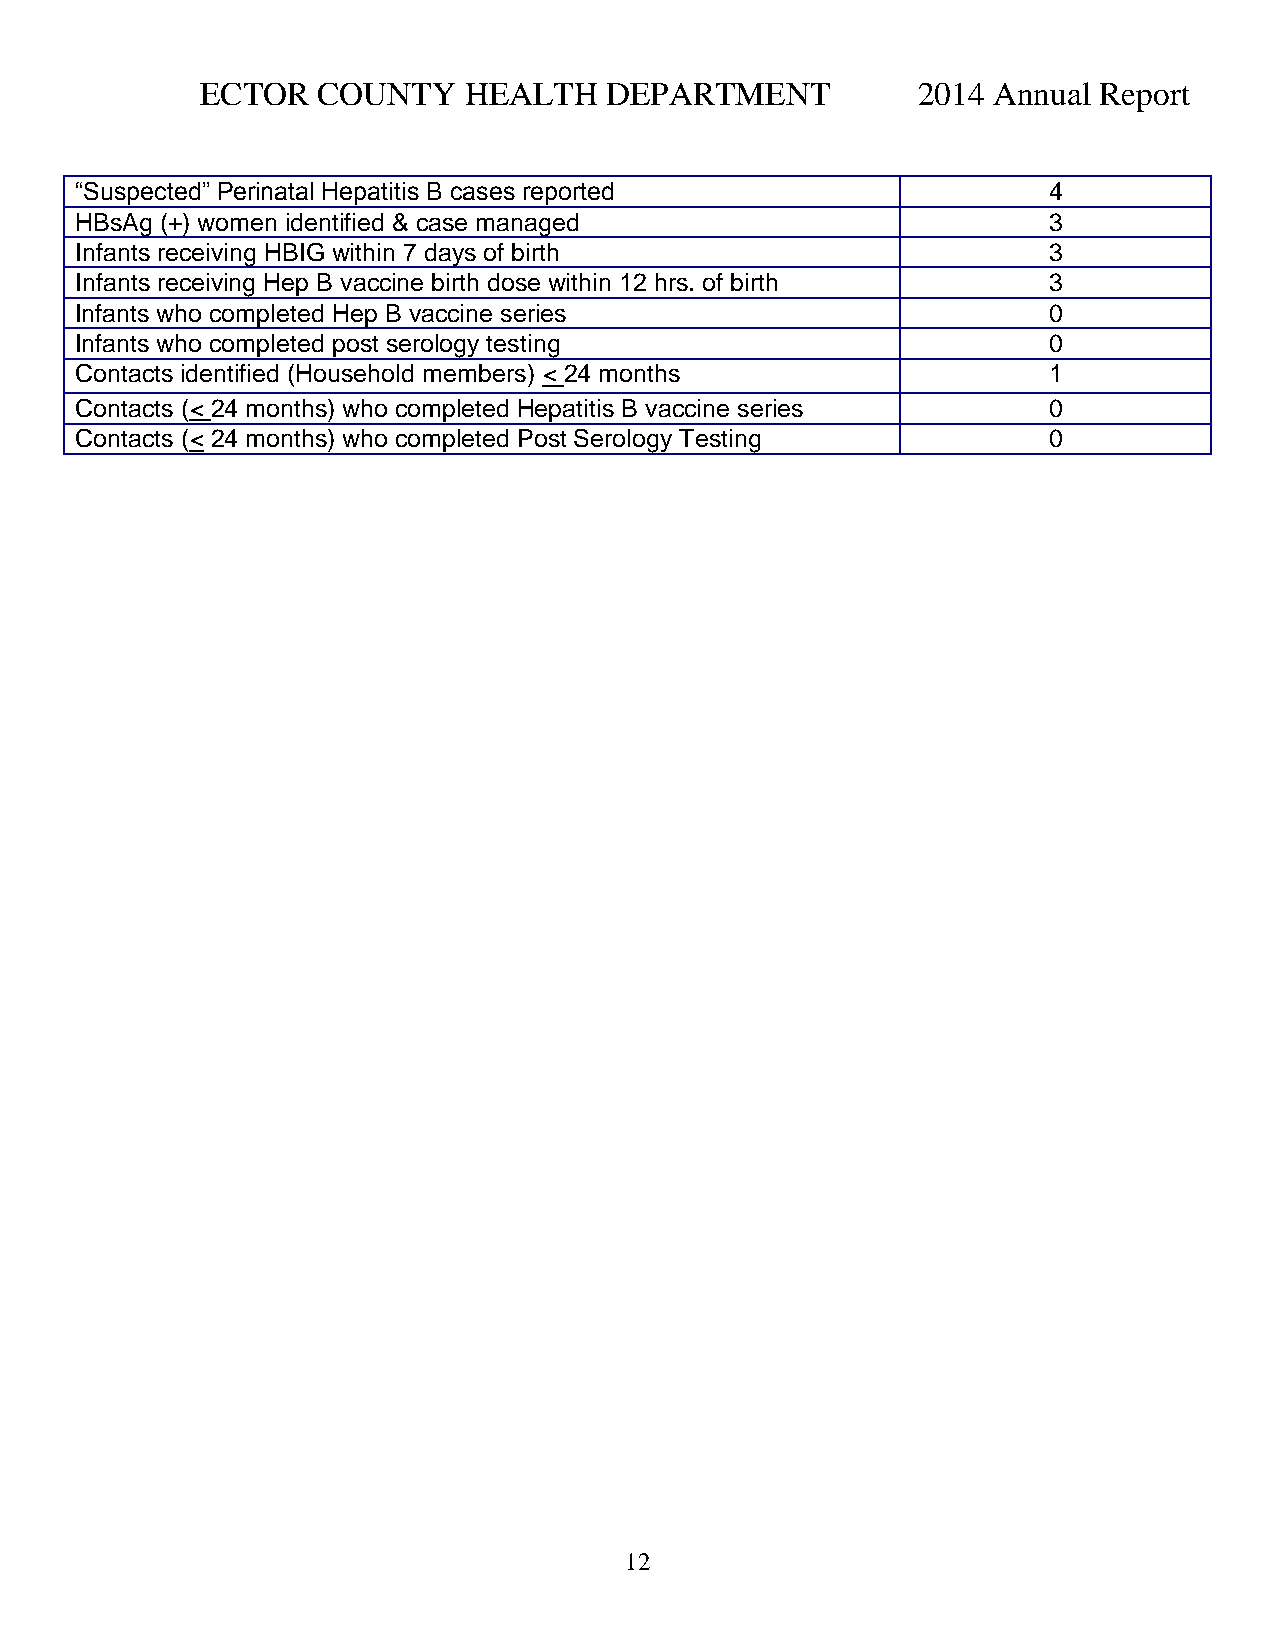
ECTOR   COUNTY    HEALTH   DEPARTMENT           2014 Annual Report
 “Suspected” Perinatal Hepatitis B cases reported                4
 HBsAg (+) women identified & case managed                       3
 Infants receiving HBIG within 7 days of birth                   3
 Infants receiving Hep B vaccine birth dose within 12 hrs. of birth 3
 Infants who completed Hep B vaccine series                      0
 Infants who completed post serology testing                     0
 Contacts identified (Household members) < 24 months             1
 Contacts (< 24 months) who completed Hepatitis B vaccine series 0
 Contacts (< 24 months) who completed Post Serology Testing      0
 12